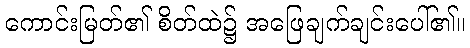
ကောင်းမြတ်၏ စိတ်ထဲ၌ အဖြေချက်ချင်းပေါ်၏။